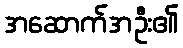
အဆောက်အဦး၏